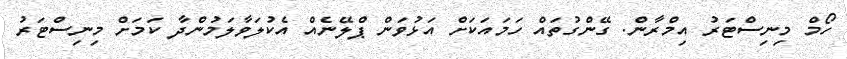
ހޯމް މިނިސްޓަރު އިމްރާން. ގޭންގުތައް ހަމައަކަށް އަޅުވަން ޕްލޭނެއް އެކުލަވާލަމުންދާ ކަމަށް މިނިސްޓަރު